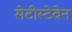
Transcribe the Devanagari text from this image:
सेटीस्‍टेबेन